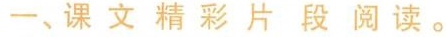
一、课文精彩片段阅读。